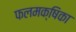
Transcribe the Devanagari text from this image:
फलमक्षिका